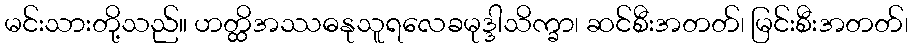
မင်းသားတို့သည်။ ဟတ္ထိအဿဓနုသူရလေခမုဒ္ဒါသိက္ခာ၊ ဆင်စီးအတတ်၊ မြင်းစီးအတတ်၊